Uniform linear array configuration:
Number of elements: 24
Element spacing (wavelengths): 0.25
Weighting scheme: uniform
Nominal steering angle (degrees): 0
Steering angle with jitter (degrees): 1.942
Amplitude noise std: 0.05
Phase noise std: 0.05

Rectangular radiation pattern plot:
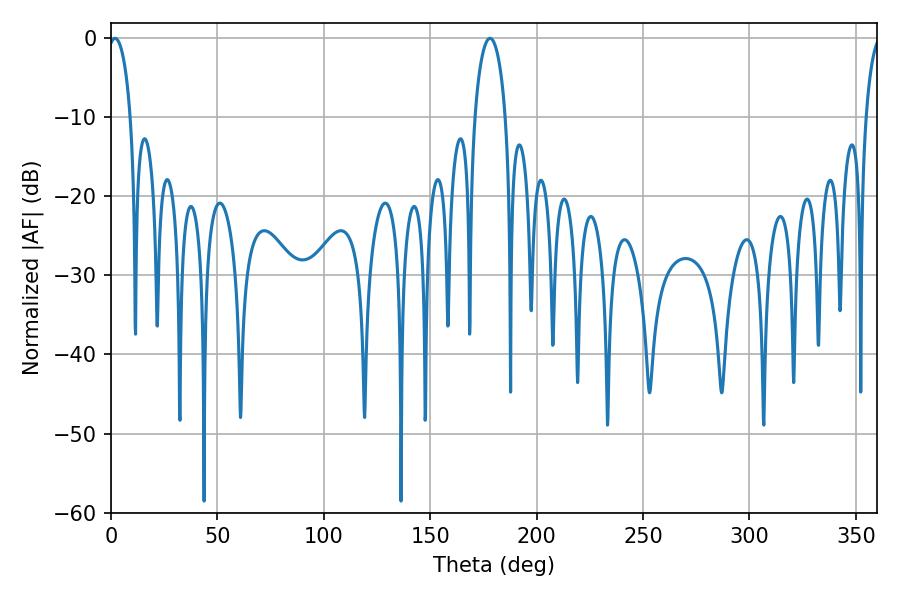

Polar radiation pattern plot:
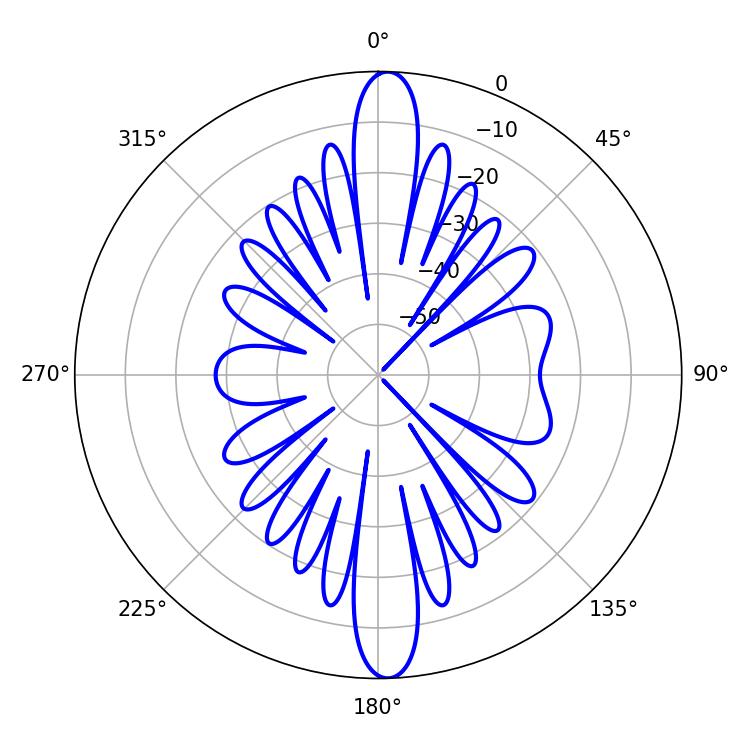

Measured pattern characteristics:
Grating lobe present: FALSE
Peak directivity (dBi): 21.898
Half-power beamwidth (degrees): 6.12
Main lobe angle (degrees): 1.98